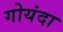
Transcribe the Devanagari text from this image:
गोयंदा